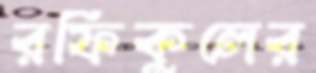
রফিকুলের